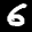
Label: 6